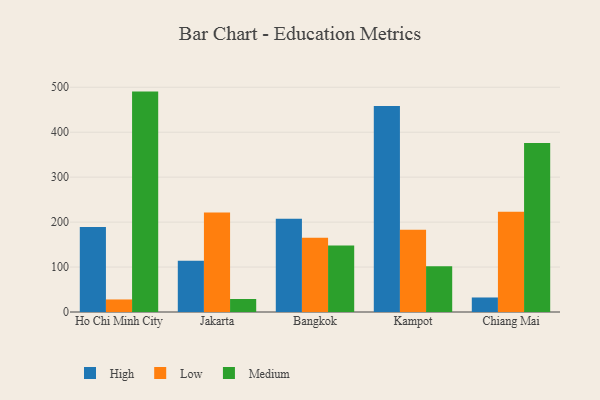
{"axis": {"x": "City", "y": "Page Views"}, "legend": ["High", "Low", "Medium"], "data": [{"x": "Ho Chi Minh City", "y": 189.0, "type": "High"}, {"x": "Ho Chi Minh City", "y": 27.9, "type": "Low"}, {"x": "Ho Chi Minh City", "y": 490.3, "type": "Medium"}, {"x": "Jakarta", "y": 113.8, "type": "High"}, {"x": "Jakarta", "y": 221.6, "type": "Low"}, {"x": "Jakarta", "y": 28.9, "type": "Medium"}, {"x": "Bangkok", "y": 207.2, "type": "High"}, {"x": "Bangkok", "y": 164.9, "type": "Low"}, {"x": "Bangkok", "y": 148.0, "type": "Medium"}, {"x": "Kampot", "y": 458.2, "type": "High"}, {"x": "Kampot", "y": 183.1, "type": "Low"}, {"x": "Kampot", "y": 102.0, "type": "Medium"}, {"x": "Chiang Mai", "y": 32.3, "type": "High"}, {"x": "Chiang Mai", "y": 223.1, "type": "Low"}, {"x": "Chiang Mai", "y": 376.0, "type": "Medium"}]}